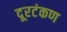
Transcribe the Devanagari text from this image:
दूरटंकण